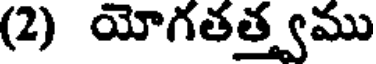
(2) యోగతత్త్వము